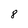
Character: 8